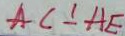
A C \bot A E